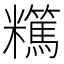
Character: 𥽪